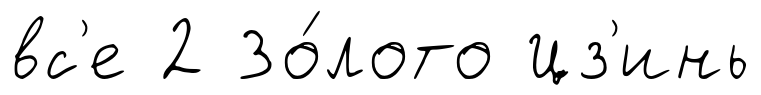
вс'е 2 Зо́лото Цз'инь